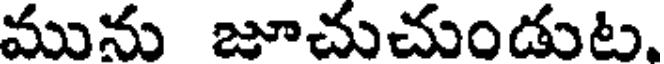
మును జూచుచుండుట.